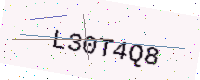
Text: L30T4Q8